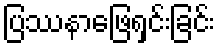
ပြဿနာဖြေရှင်းခြင်း